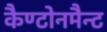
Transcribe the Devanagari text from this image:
कैण्टोनमैन्ट